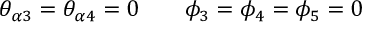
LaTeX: \theta _ { \alpha 3 } = \theta _ { \alpha 4 } = 0 \qquad \phi _ { 3 } = \phi _ { 4 } = \phi _ { 5 } = 0